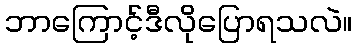
ဘာကြောင့်ဒီလိုပြောရသလဲ။